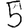
Digit: 5